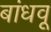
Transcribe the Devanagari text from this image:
बांधवू